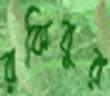
রকিবুর